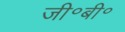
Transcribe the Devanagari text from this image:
जी॰बी॰